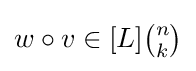
\textstyle w\circ v\in [L]{\binom {n}{k}}